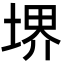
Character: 堺